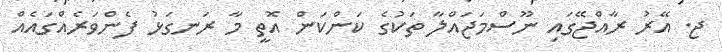
ޖ. އޭރު ރާއްޖޭގައި ނޫސްމަޖައްލާ ތަކުގެ ކަންކަން އޮތީ މާ ރަނގަޅު ފެންވަރެއްގައެއް